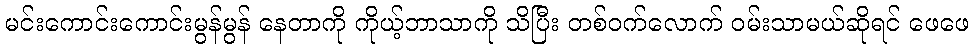
မင်းကောင်းကောင်းမွန်မွန် နေတာကို ကိုယ့်ဘာသာကို သိပြီး တစ်ဝက်လောက် ဝမ်းသာမယ်ဆိုရင် ဖေဖေ